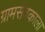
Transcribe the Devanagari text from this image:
ग्रामसेवकाला